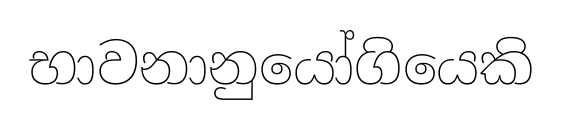
භාවනානුයෝගියෙකි